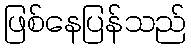
ဖြစ်နေပြန်သည်